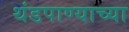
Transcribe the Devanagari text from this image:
थंडपाण्याच्या